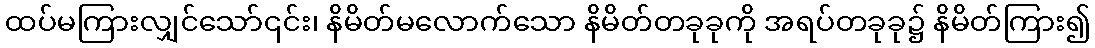
ထပ်မကြားလျှင်သော်၎င်း၊ နိမိတ်မလောက်သော နိမိတ်တခုခုကို အရပ်တခုခု၌ နိမိတ်ကြား၍